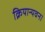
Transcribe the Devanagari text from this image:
क्रियान्यवन।